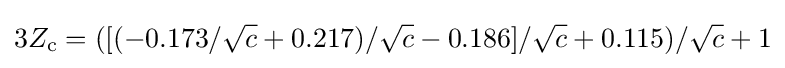
3Z_{\text{c}}=([(-0.173/{\sqrt {c}}+0.217)/{\sqrt {c}}-0.186]/{\sqrt {c}}+0.115)/{\sqrt {c}}+1